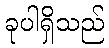
ခုပါရှိသည်